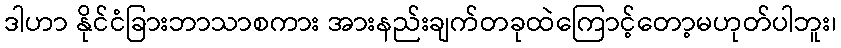
ဒါဟာ နိုင်ငံခြားဘာသာစကား အားနည်းချက်တခုထဲကြောင့်တော့မဟုတ်ပါဘူး၊